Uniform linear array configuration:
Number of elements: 64
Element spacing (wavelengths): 0.5
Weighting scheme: hann
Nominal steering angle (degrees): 30
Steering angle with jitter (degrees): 31.551
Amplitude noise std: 0.05
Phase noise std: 0.05

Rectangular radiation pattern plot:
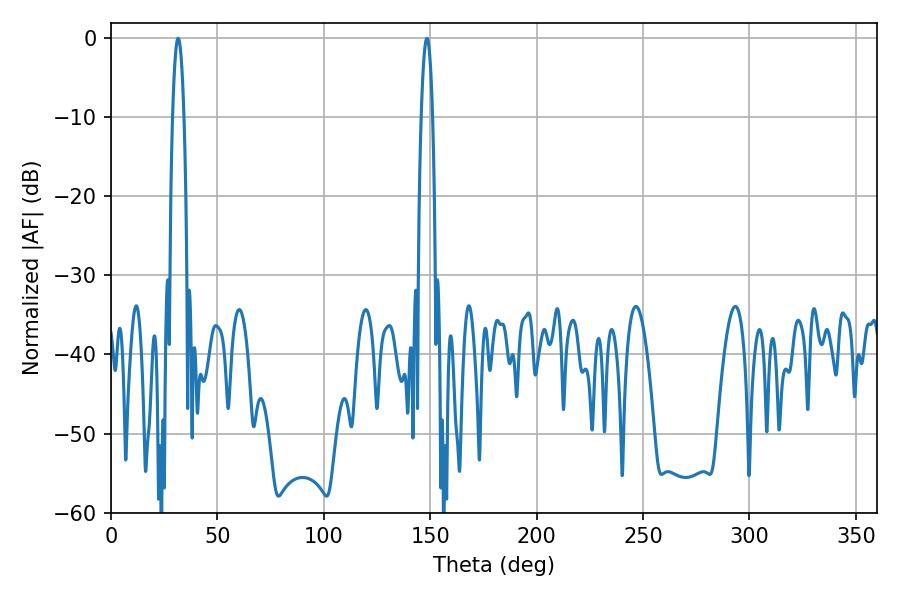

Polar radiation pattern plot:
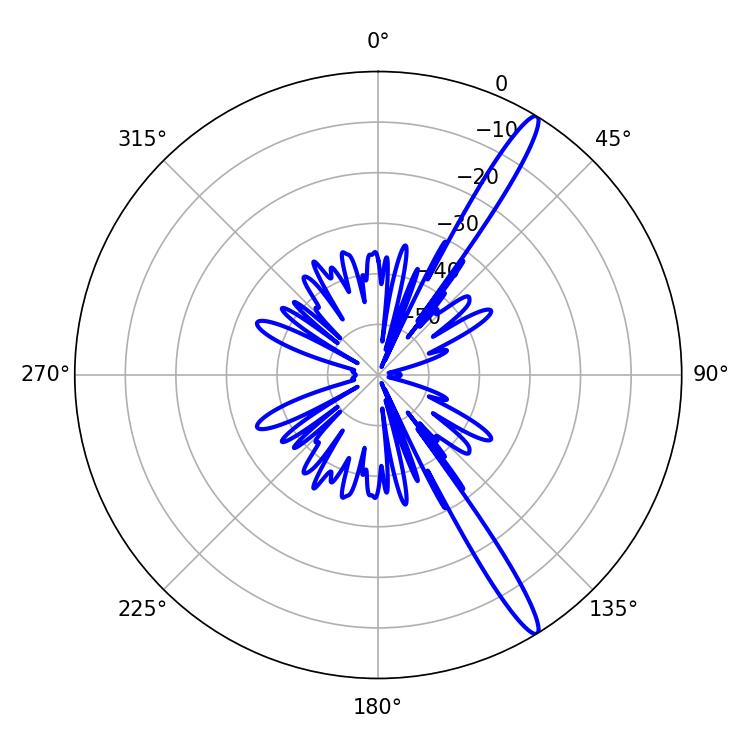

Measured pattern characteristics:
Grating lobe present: FALSE
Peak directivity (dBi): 15.333
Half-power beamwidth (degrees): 2.88
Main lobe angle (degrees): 148.5